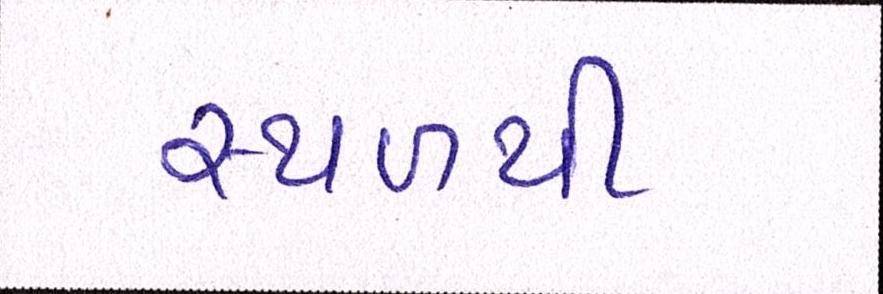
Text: સ્થળથી